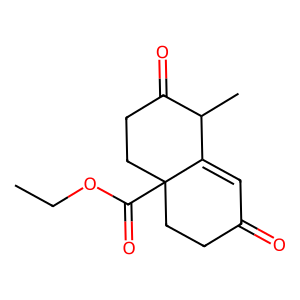
SMILES: CCOC(=O)C12CCC(=O)C=C1C(C)C(=O)CC2
Inhibits HIV replication: No